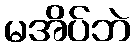
မအိပ်ဘဲ